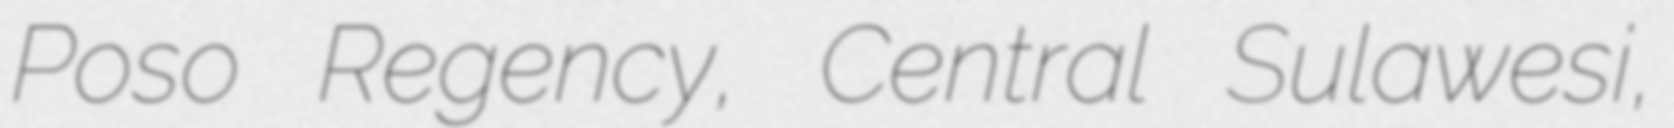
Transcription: Poso Regency, Central Sulawesi,